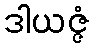
ဒါယဇ္ဇံ